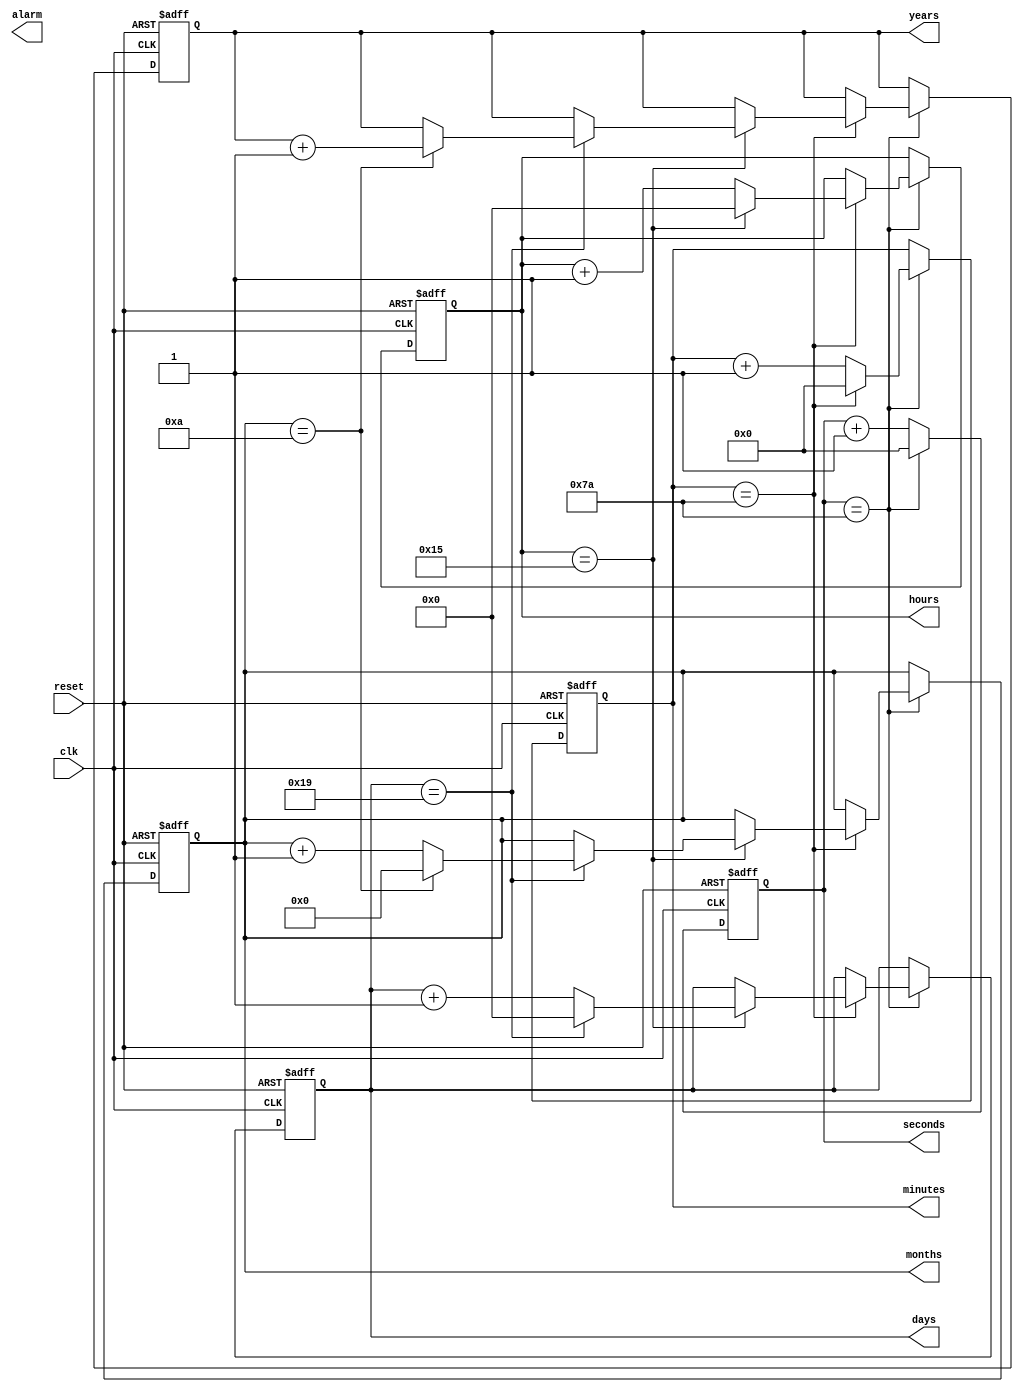
module real_time_clock(
    input wire clk,          // External clock source
    input wire reset,        // Synchronization reset input
    output wire alarm,       // Alarm signal output
    output wire [6:0] seconds, // Seconds output
    output wire [6:0] minutes, // Minutes output
    output wire [4:0] hours,   // Hours output
    output wire [4:0] days,    // Days output
    output wire [3:0] months,  // Months output
    output wire [9:0] years    // Years output
);

reg [6:0] sec_count;
reg [6:0] min_count;
reg [4:0] hr_count;
reg [4:0] day_count;
reg [3:0] month_count;
reg [9:0] year_count;

always @(posedge clk or posedge reset) begin
    if(reset) begin
        sec_count <= 7'b0000000;
        min_count <= 7'b0000000;
        hr_count <= 5'b00000;
        day_count <= 5'b00000;
        month_count <= 4'b0000;
        year_count <= 10'b0000000000;
    end else begin
        if(sec_count == 7'b1111010) begin
            sec_count <= 7'b0000000;
            if(min_count == 7'b1111010) begin
                min_count <= 7'b0000000;
                if(hr_count == 5'b10101) begin
                    hr_count <= 5'b00000;
                    if(day_count == 5'b11001) begin
                        day_count <= 5'b00000;
                        if(month_count == 4'b1010) begin
                            month_count <= 4'b0000;
                            year_count <= year_count + 1;
                        end else begin
                            month_count <= month_count + 1;
                        end
                    end else begin
                        day_count <= day_count + 1;
                    end
                end else begin
                    hr_count <= hr_count + 1;
                end
            end else begin
                min_count <= min_count + 1;
            end
        end else begin
            sec_count <= sec_count + 1;
        end
    end
end

assign seconds = sec_count;
assign minutes = min_count;
assign hours = hr_count;
assign days = day_count;
assign months = month_count;
assign years = year_count;

// Additional features such as alarm settings, time zone adjustments, and leap year corrections can be implemented here

endmodule